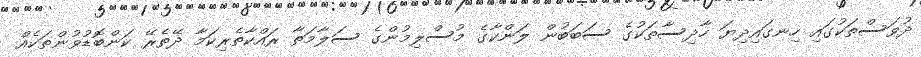
ދުވަސްތަކުގައި ހިނގައިދިޔަ ހާދިސާތަކުގެ ސަބަބުން ލަންކާގެ މުސްލިމުންގެ ސަލާމަތާ ރައްކާތެރިކަމާ ދޭތެރޭ ކަންބޮޑުވުންތަކެއް